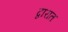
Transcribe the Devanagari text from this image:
द्वारात